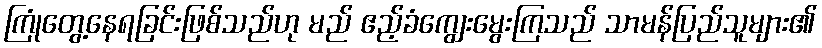
ကြုံတွေ့နေရခြင်းဖြစ်သည်ဟု မည် ဧည့်ခံကျွေးမွေးကြသည် သာမန်ပြည်သူများ၏